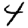
Digit: 4